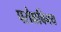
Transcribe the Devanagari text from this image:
परोक्षविनय